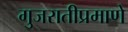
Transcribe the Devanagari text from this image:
गुजरातीप्रमाणे